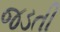
જડતી